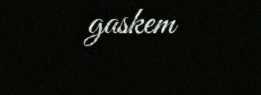
gaskem